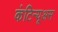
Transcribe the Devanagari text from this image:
कंटिन्यूअस